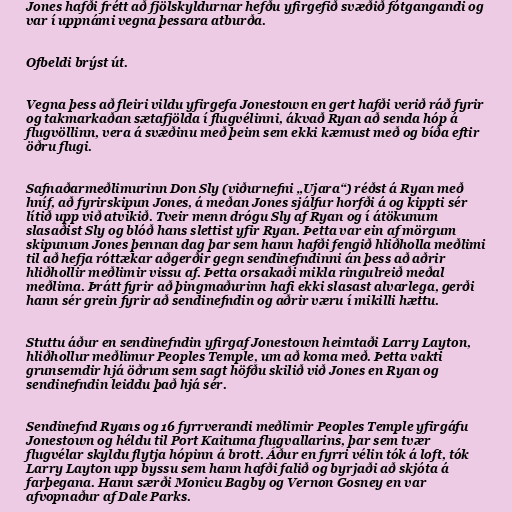
Jones hafði frétt að fjölskyldurnar hefðu yfirgefið svæðið fótgangandi og
var í uppnámi vegna þessara atburða.

Ofbeldi brýst út.

Vegna þess að fleiri vildu yfirgefa Jonestown en gert hafði verið ráð fyrir
og takmarkaðan sætafjölda í flugvélinni, ákvað Ryan að senda hóp á
flugvöllinn, vera á svæðinu með þeim sem ekki kæmust með og bíða eftir
öðru flugi.

Safnaðarmeðlimurinn Don Sly (viðurnefni „Ujara“) réðst á Ryan með
hníf, að fyrirskipun Jones, á meðan Jones sjálfur horfði á og kippti sér
lítið upp við atvikið. Tveir menn drógu Sly af Ryan og í átökunum
slasaðist Sly og blóð hans slettist yfir Ryan. Þetta var ein af mörgum
skipunum Jones þennan dag þar sem hann hafði fengið hliðholla meðlimi
til að hefja róttækar aðgerðir gegn sendinefndinni án þess að aðrir
hliðhollir meðlimir vissu af. Þetta orsakaði mikla ringulreið meðal
meðlima. Þrátt fyrir að þingmaðurinn hafi ekki slasast alvarlega, gerði
hann sér grein fyrir að sendinefndin og aðrir væru í mikilli hættu.

Stuttu áður en sendinefndin yfirgaf Jonestown heimtaði Larry Layton,
hliðhollur meðlimur Peoples Temple, um að koma með. Þetta vakti
grunsemdir hjá öðrum sem sagt höfðu skilið við Jones en Ryan og
sendinefndin leiddu það hjá sér.

Sendinefnd Ryans og 16 fyrrverandi meðlimir Peoples Temple yfirgáfu
Jonestown og héldu til Port Kaituma flugvallarins, þar sem tvær
flugvélar skyldu flytja hópinn á brott. Áður en fyrri vélin tók á loft, tók
Larry Layton upp byssu sem hann hafði falið og byrjaði að skjóta á
farþegana. Hann særði Monicu Bagby og Vernon Gosney en var
afvopnaður af Dale Parks.